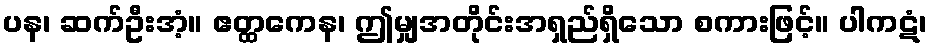
ပန၊ ဆက်ဦးအံ့။ ဧတ္ထကေန၊ ဤမျှအတိုင်းအရှည်ရှိသော စကားဖြင့်။ ပါကဋံ၊